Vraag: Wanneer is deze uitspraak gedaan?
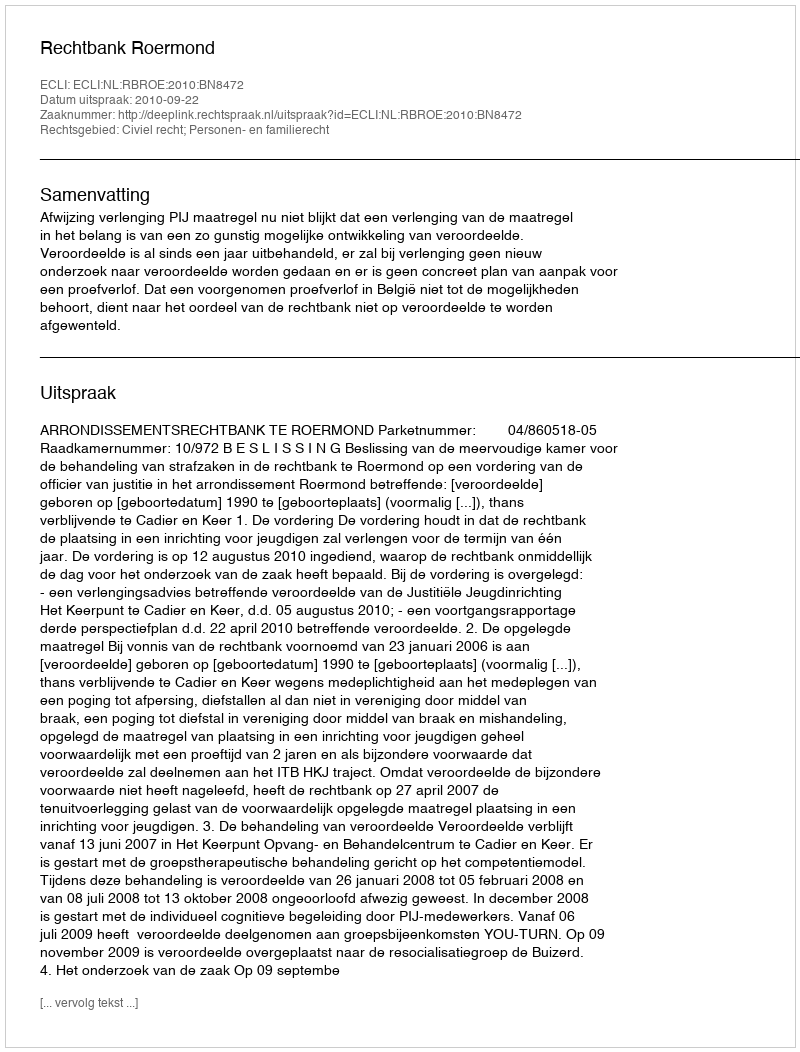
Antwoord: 2010-09-22